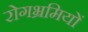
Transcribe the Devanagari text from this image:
रोगभ्रमियों